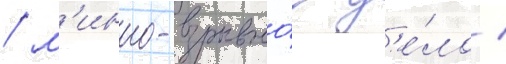
/ м'инно-взрывно́е д'е́ло /